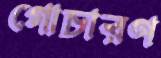
গোচারণ